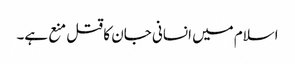
اسلام میں انسانی جان کا قتل منع ہے۔